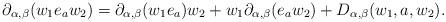
LaTeX: \begin{align*}\partial_{\alpha,\beta}(w_{1}e_{a}w_{2})=\partial_{\alpha,\beta}(w_{1}e_{a})w_{2}+w_{1}\partial_{\alpha,\beta}(e_{a}w_{2})+D_{\alpha,\beta}(w_{1},a,w_{2}).\end{align*}